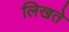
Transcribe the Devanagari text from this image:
लिखते